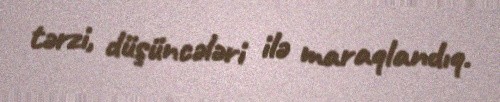
tərzi, düşüncələri ilə maraqlandıq.